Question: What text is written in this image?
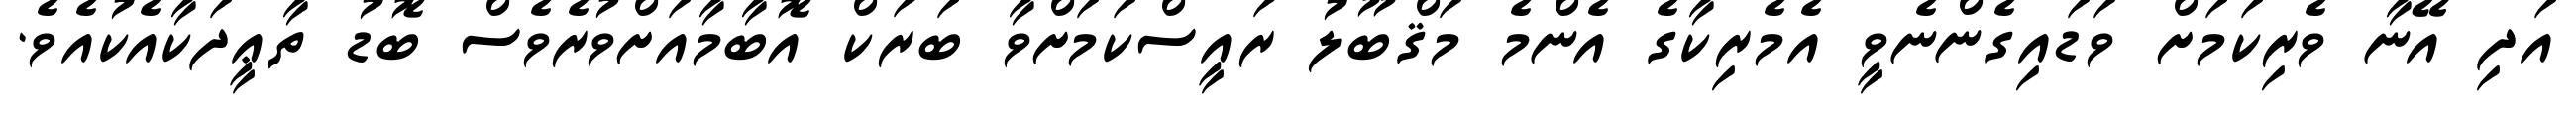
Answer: އަދި އޭނާ ވެރިކަމަށް ވަޑައިގެންނެވީ އެމެރިކާގެ އެންމެ މަޤްބޫލު ރައީސްކަމަށްވާ ބަރަކް އޮބާމާއަށްވުރެވެސް ބޮޑު ތާޢީދަކާއެކުއެވެ.